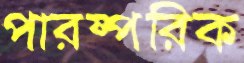
পারষ্পরিক